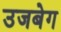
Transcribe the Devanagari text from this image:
उजबेग